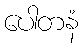
ပေါတနံ